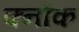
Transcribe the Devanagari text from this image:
क्नौक